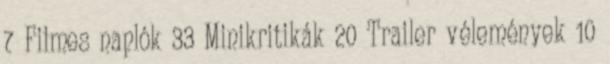
7 Filmes naplók 33 Minikritikák 20 Trailer vélemények 10